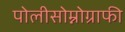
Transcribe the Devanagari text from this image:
पोलीसोम्नोग्राफी